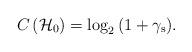
LaTeX: \begin{align*}C\left( { \mathcal{H} }_{ 0 } \right) =\log _{ 2 }{ \left( 1+{ \gamma }_{ \mathrm{s} } \right) }. \end{align*}